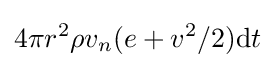
4\pi r^{2}\rho v_{n}(e+v^{2}/2)\mathrm {d} t